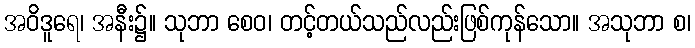
အဝိဒူရေ၊ အနီး၌။ သုဘာ စေဝ၊ တင့်တယ်သည်လည်းဖြစ်ကုန်သော။ အသုဘာ စ၊